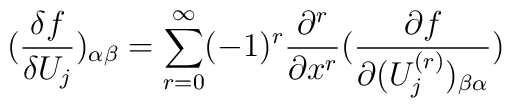
(\frac{\delta f}{\delta U_j})_{\alpha \beta }=\sum_{r=0}^\infty(-1)^r\frac{\partial ^r}{\partial x^r}(\frac{\partial f}{\partial(U_j^{(r)})_{\beta \alpha }})